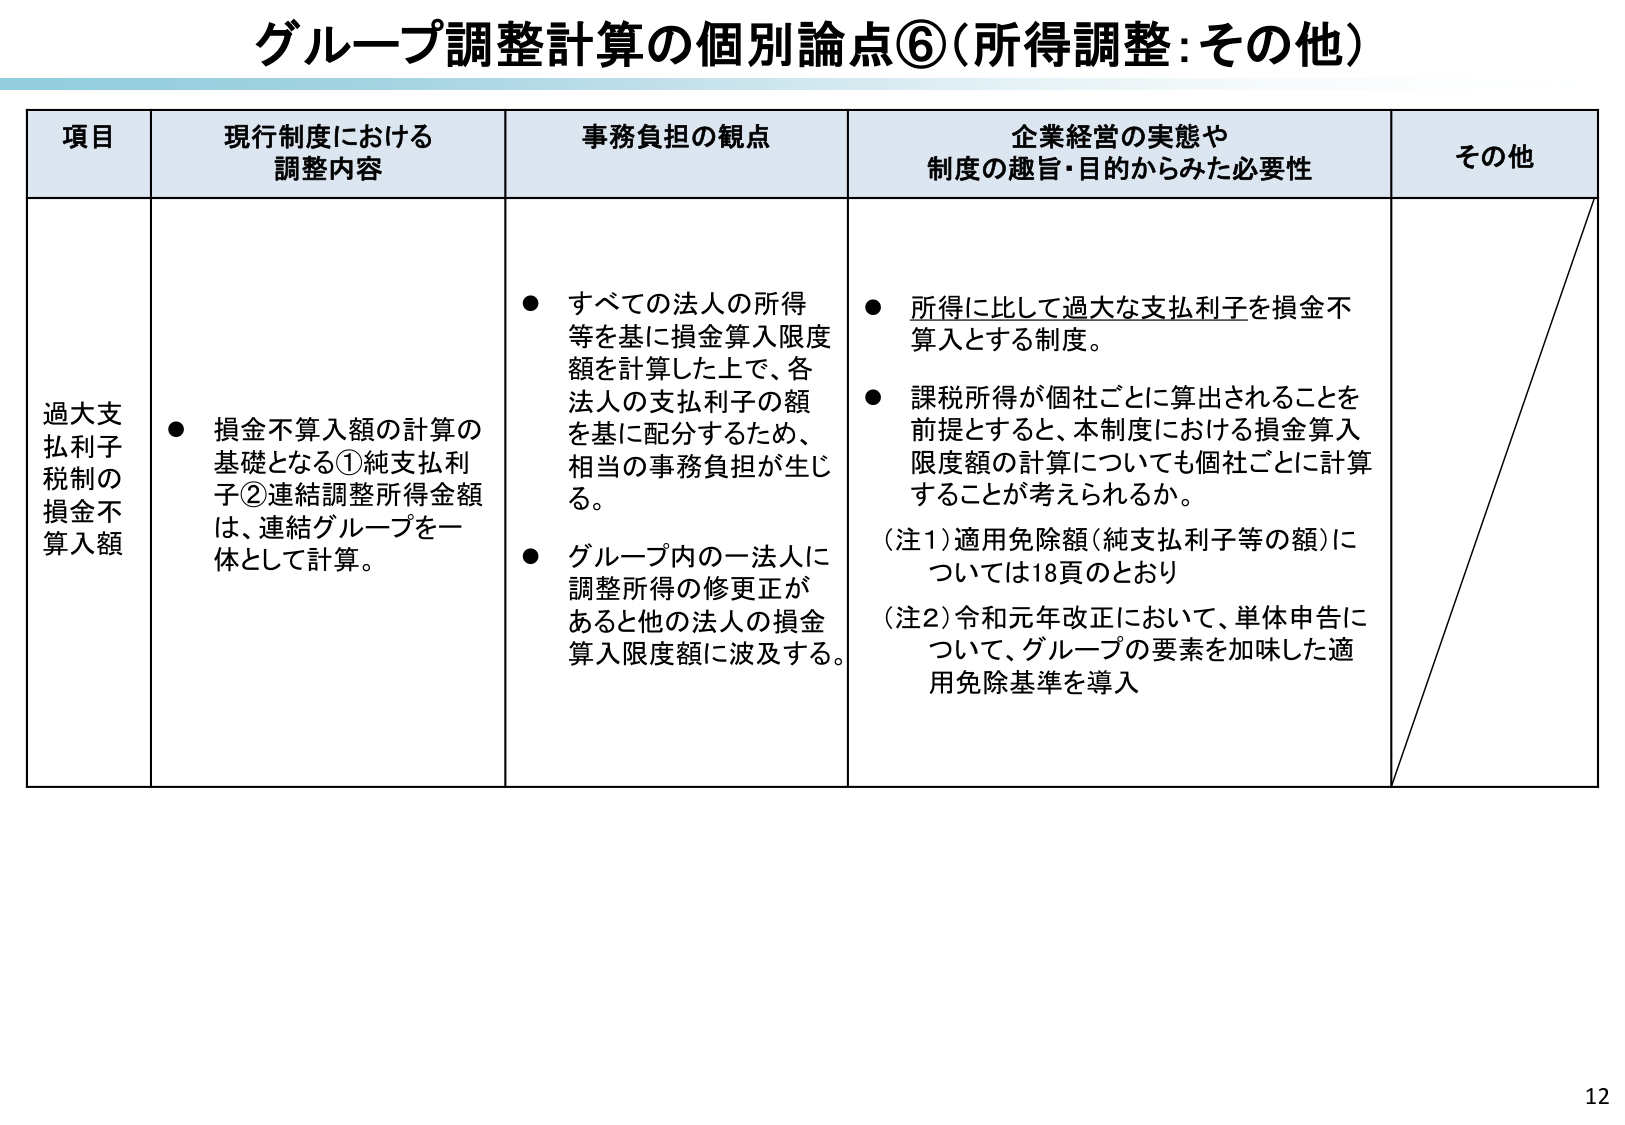
グループ調整計算の個別論点⑥（所得調整：その他）

項目 現行制度における調整内容 事務負担の観点 企業経営の実態や制度の趣旨・目的からみた必要性 その他

過大支払利子税制の損金不算入額
● 損金不算入額の計算の基礎となる①純支払利子②連結調整所得金額は、連結グループを一体として計算。
● すべての法人の所得等を基に損金算入限度額を計算した上で、各法人の支払利子の額を基に配分するため、相当の事務負担が生じる。
● グループ内の一法人に調整所得の修正があると他の法人の損金算入限度額に波及する。
● 所得に比して過大な支払利子を損金不算入とする制度。
● 課税所得が個社ごとに算出されることを前提とすると、本制度における損金算入限度額の計算についても個社ごとに計算することが考えられるか。
（注1）適用免除額（純支払利子等の額）については18頁のとおり
（注2）令和元年改正において、単体申告について、グループの要素を加味した適用免除基準を導入

12